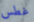
غطس